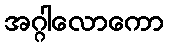
အဂ္ဂါလောကော